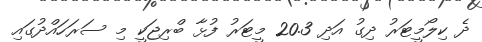
ދެ ކިލޯމީޓަރު ދިގު އަދި 20.3 މީޓަރު ފުޅާ ބްރިޖަކީ މި ސަރަހައްދުގައި